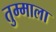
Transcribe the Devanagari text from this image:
तुम्माला